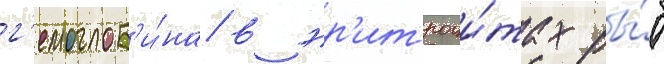
г'емоглоб'и́на в эр'итроци́тах ры́б